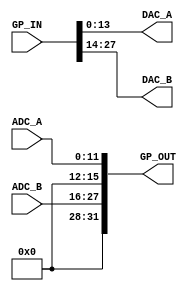
module GPIO_BOX
#(
	parameter GPIO_WIDTH = 32,
	parameter ADC_WIDTH = 12,
	parameter DAC_WIDTH = 14
)
(
	input [GPIO_WIDTH - 1:0] GP_IN,
	input [ADC_WIDTH - 1:0] ADC_A,
	input [ADC_WIDTH - 1:0] ADC_B,
	output [GPIO_WIDTH - 1:0] GP_OUT,
	output [DAC_WIDTH - 1:0] DAC_A,
	output [DAC_WIDTH - 1:0] DAC_B
);

	assign GP_OUT = {4'b0000, ADC_B, 4'b0000, ADC_A};
	assign DAC_A = GP_IN[DAC_WIDTH - 1:0];
	assign DAC_B = GP_IN[DAC_WIDTH + DAC_WIDTH - 1: DAC_WIDTH];
endmodule